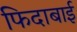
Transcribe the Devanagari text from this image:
फिदाबाई